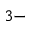
^ { 3 - }